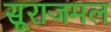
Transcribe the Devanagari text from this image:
सूराजमल